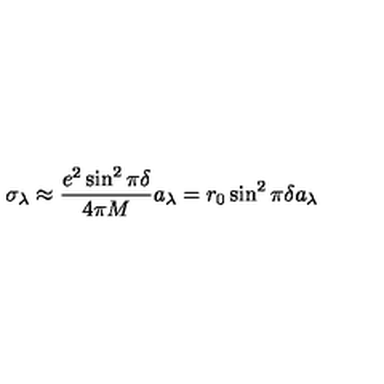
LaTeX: \sigma _ { \lambda } \approx { \frac { e ^ { 2 } \sin ^ { 2 } \pi \delta } { 4 \pi M } } a _ { \lambda } = r _ { 0 } \sin ^ { 2 } \pi \delta a _ { \lambda }